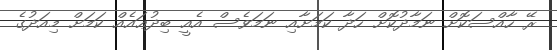
ރޭ ހާއްސަކޮށް ނަމާދުކޮށް ހަދާ ކަމަށާއި ނަމަވެސް އެއީ ބިދުޢައެއް ކަމަށް މިއަދުގެ